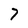
Character: 7